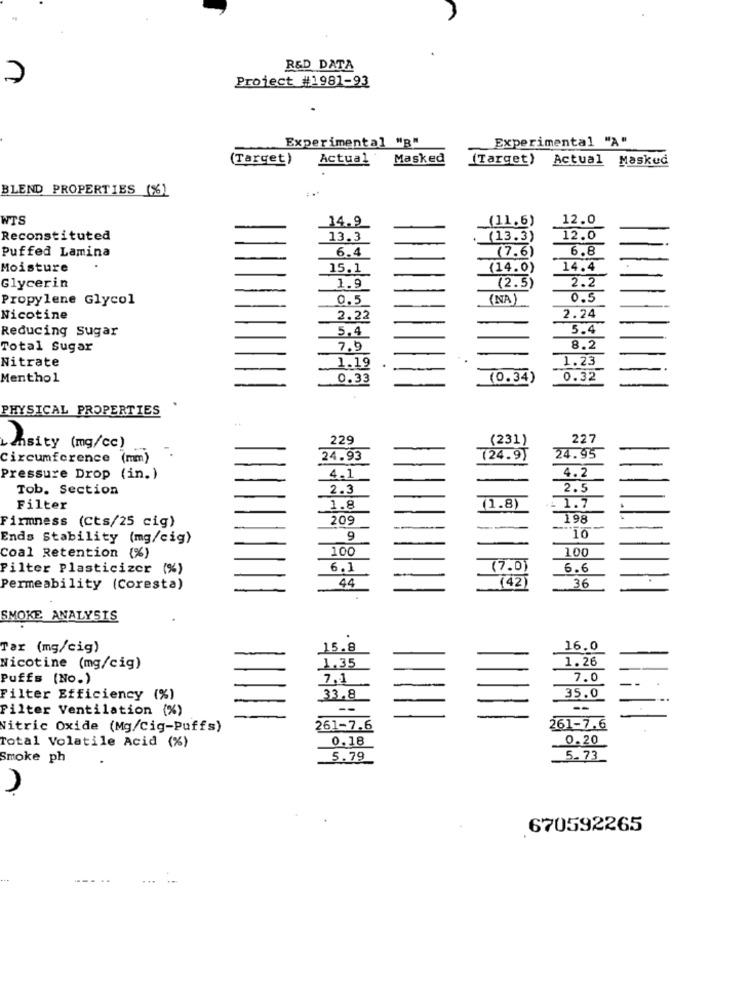
R&D DATA
7
Project #1981-93
Experimental "B"
Experimental "A"
(Target)
Actual
Masked
(Target)
Actual Masked
BLEND PROPERTIES (%)
WTS
14.9
(11.6)
12.0
Reconstituted
13.3
(13.3)
12.0
6.4
(7.6)
6.8
Puffed Lamina
-
Moisture
15.1
(14.0)
14.4
1.9
2.2
Glycerin
(2.5
Propylene Glycol
0.5
(NA)
0.5
Nicotine
2.22
2.24
5,4
5.4
Reducing sugar
Total Sugar
7.9
8.2
Nitrate
1.19
1.23
Menthol
0.33
(0.34)
0.32
PHYSICAL PROPERTIES
229
(231)
227
mhsity (mg/cc)
Circumference (mm)
24.93
(24.9)
24.95
4.2
Pressure Drop (in.)
4.1
Tob. Section
2.3
2.5
Filter
1.8
(1.8)
1.7
Firmness (Cts/25 cig)
209
198
Ends Stability (mg/cig)
9
100
100
Coal Retention (%)
Filter Plasticizer (%)
6.1
(7.0)
6.6
44
(42)
Permeability (Coresta)
36
SMOKE ANALYSIS
Tar (mg/cig)
15.8
16.0
1.35
1.26
Nicotine (mg/cig)
Puffs (No.)
7,1
7.0
Filter Efficiency (%)
33.8
35.0
Filter Ventilation (%)
--
Nitric Oxide (Mg/cig-Puffs)
261-7.6
261-7.6
Total Volatile Acid (%)
0.18
0.20
Smoke ph
5.79
5.73
670592265
---